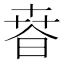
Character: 𣇸